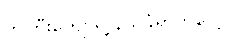
ကိုကြီးကျော်ရဲ့ နယ်ခံရွာကပေါ့။